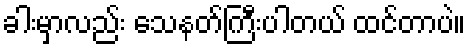
ခါးမှာလည်း သေနတ်ကြီးပါတယ် ထင်တာပဲ။